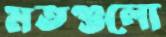
মতগুলো